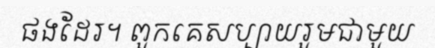
ផងដែរ។ ពួកគេសប្បាយរួមជាមួយ